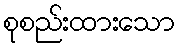
စုစည်းထားသော